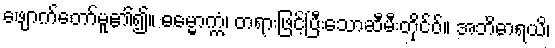
ဖျောက်တော်မူ၏၍။ ဓမ္မောက္ကံ၊ တရားဖြင့်ပြီးသောဆီမီးတိုင်ဝ်။ အဘိဓာရယိ၊